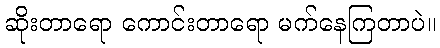
ဆိုးတာရော ကောင်းတာရော မက်နေကြတာပဲ။